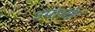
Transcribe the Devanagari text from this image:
उपानह